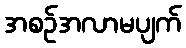
အစဉ်အလာမပျက်